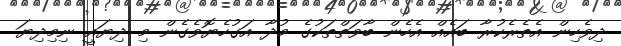
ދިވެހިން އެތެރެކުރާ ބައެއް އެހެން ބާވަތްތަކުގެ މުދާ އަގުހެޔޮވެގެން މި ދިޔައީ ނިމިދިޔަ